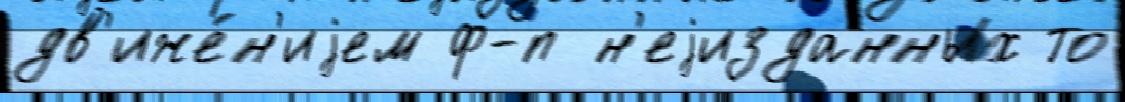
дв'иже́н'иjем ф-п н'еjизданных то